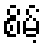
စိမ့်